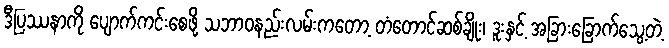
ဒီပြဿနာကို ပျောက်ကင်းစေဖို့ သဘာဝနည်းလမ်းကတော့ တံတောင်ဆစ်ချိုး၊ ဒူးနှင့် အခြားခြောက်သွေ့တဲ့